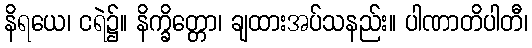
နိရယေ၊ ငရဲ၌။ နိက္ခိတ္တော၊ ချထားအပ်သနည်း။ ပါဏာတိပါတီ၊